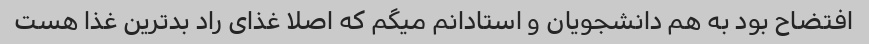
افتضاح بود به هم دانشجویان و استادانم میگم که اصلا غذای راد بد‌ترین غذا هست